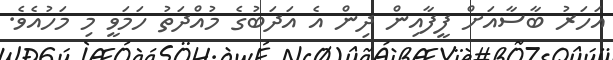
އަހަރު ބާސާއަށް ފީފާއިން ދިން އެ އަދަބުގެ މުއްދަތު ހަމަވީ މި މަހުއެވެ.